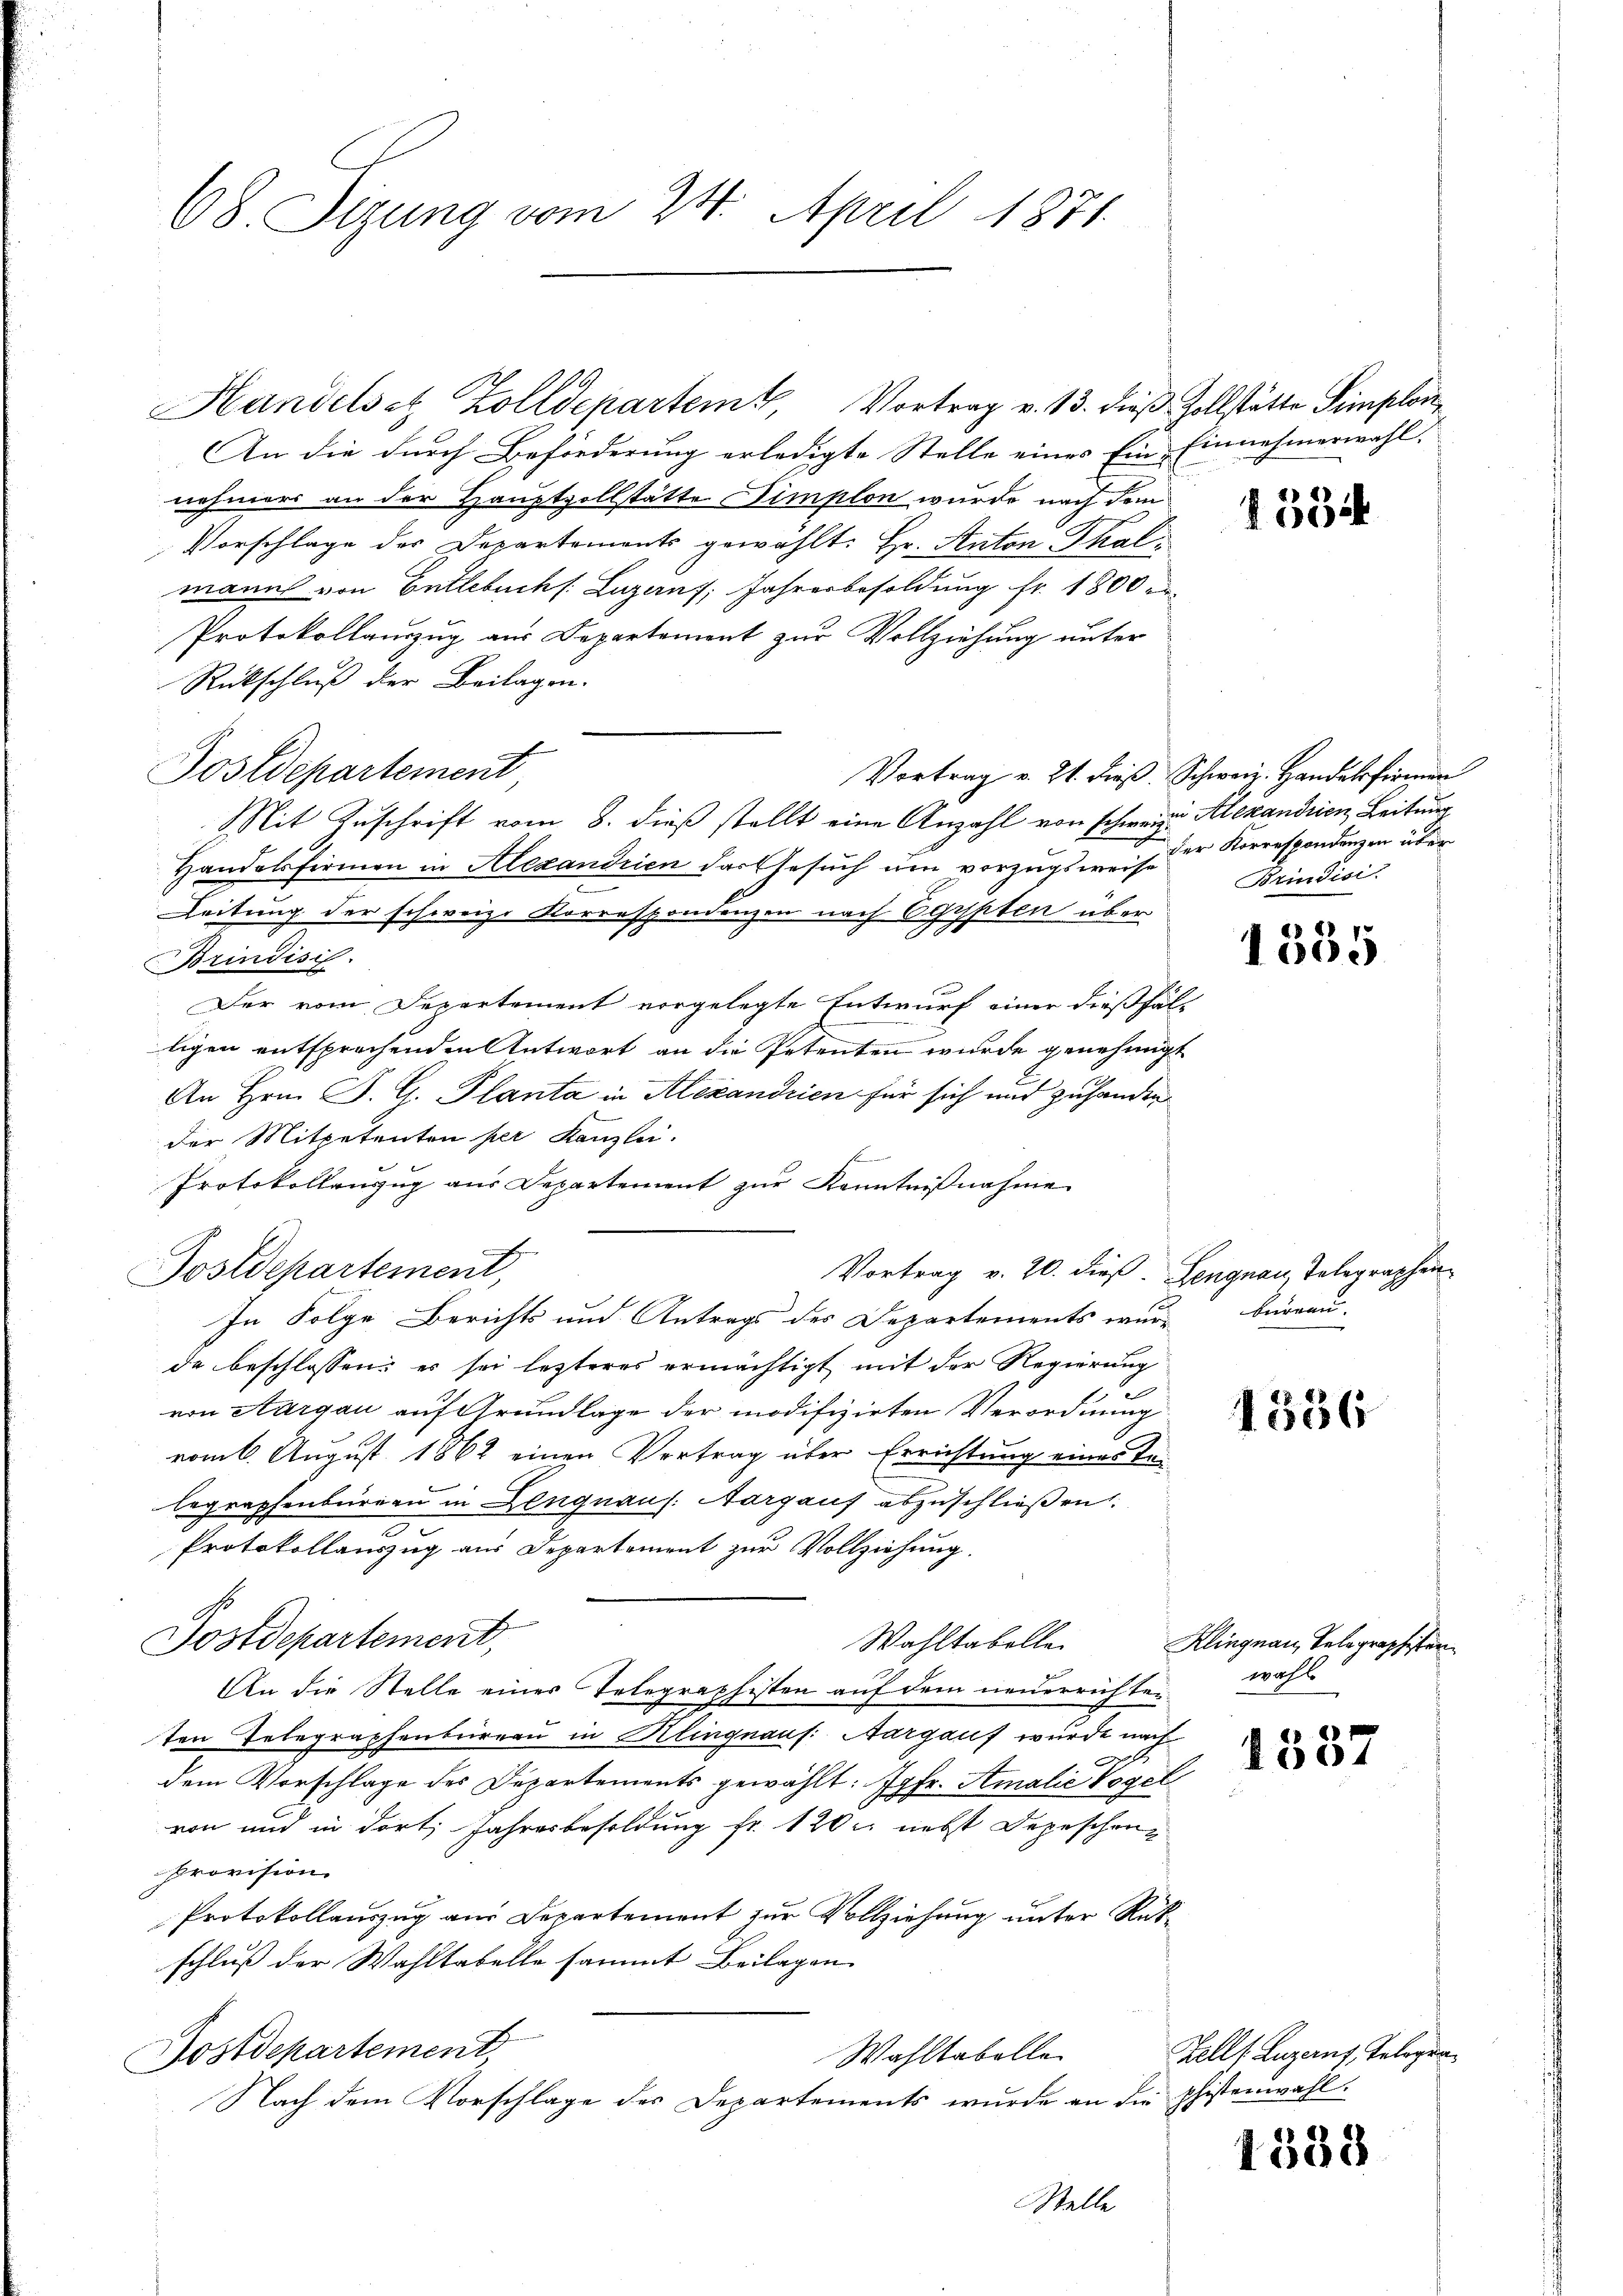
68. Sizung vom 24. April 1871.

Handelsatz Zolldepartemt, Vortrag v. 13. dieß Zollstätte Simplon
An die durch Beförderung erledigte Stelle eines Ein Einnehmerwahl.
nehmers an der Hauptzollstätte Dimplon wurde nach dem
Vorschlage der Departements gewählt: Hr. Anton Thalmanns von Entlebuchs. Luzern, Jahresbesoldung fr. 1800 e
Protokollauszug aus Departement zur Vollziehung unter
Rückschluß der Beilagen.
Postdepartement,
Mit Zuschrift vom 8. dieß stellt eine Anzahl von schweige Alexandrien, Leitung
Handelsfirmen in Alexandrien das Gesuch um vorzugsweise
Leitung der schweiz. Korrespondenzen nach Egypten über
BBrindisch.
Der vom Departement vorgelegte Entwurf einer dießfäl-
.
tigen entsprochenden Antwort an die Petenten wurde genehmigt
An Hrn. F. G. Planta in Alexandrien für sich und zuhanden
der Mitpetenten per Kanzlei.
Protokollanzug aus Departement zŭr Kenntnißnahme
Postdepartement,
Vortrag v. 20. dieß. Lengnau, Telegraphen
In Folge Berichts und Antrags der Departements wurd Büreau.
de beschlossen: es sei lezteres ermächtigt mit der Regierung
e
1
von Aargau auf Grundlage der modifizirten Verordnung
vom 6. August 1862 einen Vertrag über Errichtung eines Relegraphenburgen in Lengnaus. Aargauf abzuschließen.
Protokollauszug aus Departement zur Vollziehung.
s
Postdepartement,
Wahltabelle
An die Stelle einer Telegraphisten auf dem neuerrichten wahl
ten Inbegraphenbureau in Klingnaus. Aargauf wurde nach
dem Vorschlage des Departements gewählt: Jgfr. Amalie Vogel
von und in dort, Jahresbesoldung fr. 120 r. nebst Depeschen
Provision.
Protokollauszug aus Departement zur Vollziehung unter Rükschluß der Wahltabelle sammt Beilagen
Nostdepartement
Wahltabelle
Nach dem Vorschlage des Departements wurde an die phistenwahl.
Stelle

1354

Vortrag v. 21. dieβ, Schweiz. Handelfirmen
der Korrespondenzen über
Brindisi

1355

1356

Klingnau, Telegraphisten

1537

1388

Zell (Luzerns, Telegra¬